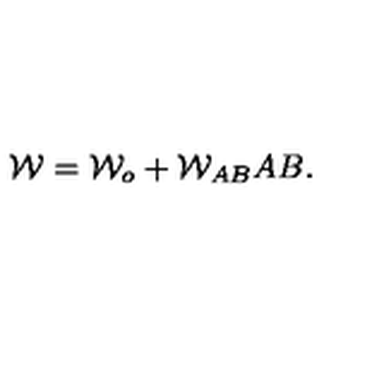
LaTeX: { \cal W } = { \cal W } _ { o } + { \cal W } _ { A B } A B .